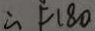
\therefore F 1 8 0